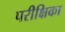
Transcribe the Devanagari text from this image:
परीक्षिका